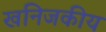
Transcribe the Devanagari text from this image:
खनिजकीय